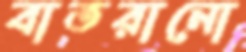
বাতরানো